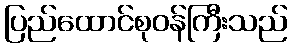
ပြည်ထောင်စုဝန်ကြီးသည်